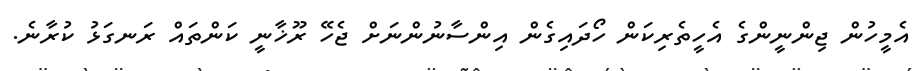
އެމީހުން ޖިންނީންގެ އެހީތެރިކަން ހޯދައިގެން އިންސާނުންނަށް ޖެހޭ ރޫޚާނީ ކަންތައް ރަނގަޅު ކުރާނެ.